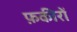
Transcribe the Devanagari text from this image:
फ़कीरों